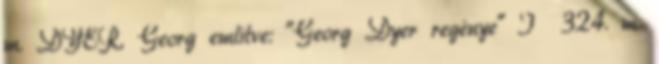
m. DYER, Georg említve: "Georg Dyer regénye" I 324. m.